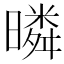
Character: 暽